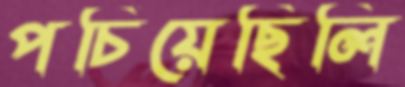
পচিয়েছিলি